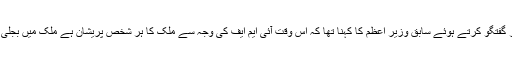
ملکی معاشی صورتحال پر گفتگو کرتے ہوئے سابق وزیر اعظم کا کہنا تھا کہ اس وقت آئی ایم ایف کی وجہ سے ملک کا ہر شخص پریشان ہے ملک میں بجلی گیس اور دیگر مسائل ہیں۔